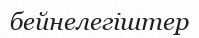
бейнелегіштер